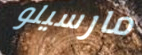
مارسيلو